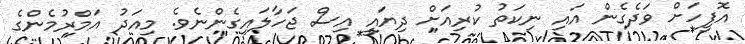
އޮފީހަށް ވަދެގެން އައި ނިކަތު ކުރިއަށް ދިޔައީ އިސް ޖަހާލައިގެންނެވެ. މިއަދު އަމްރުމެންގެ